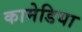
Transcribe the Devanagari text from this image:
कामेडिया